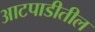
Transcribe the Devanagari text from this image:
आटपाडीतील